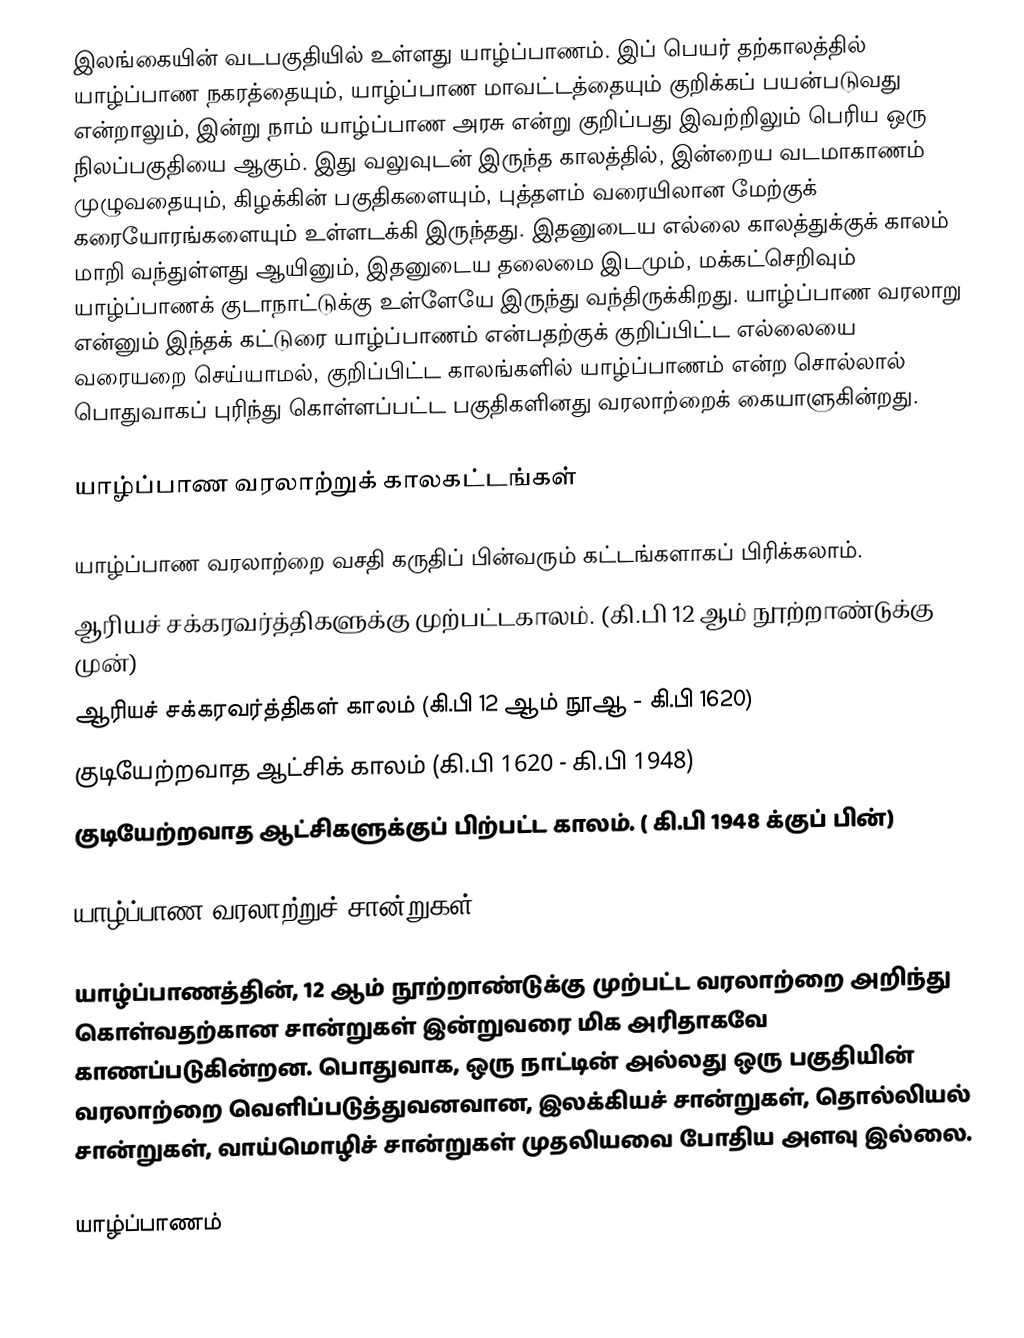
இலங்கையின் வடபகுதியில் உள்ளது யாழ்ப்பாணம். இப் பெயர் தற்காலத்தில் யாழ்ப்பாண நகரத்தையும், யாழ்ப்பாண மாவட்டத்தையும் குறிக்கப் பயன்படுவது என்றாலும், இன்று நாம் யாழ்ப்பாண அரசு என்று குறிப்பது இவற்றிலும் பெரிய ஒரு நிலப்பகுதியை ஆகும். இது வலுவுடன் இருந்த காலத்தில், இன்றைய வடமாகாணம் முழுவதையும், கிழக்கின் பகுதிகளையும், புத்தளம் வரையிலான மேற்குக் கரையோரங்களையும் உள்ளடக்கி இருந்தது. இதனுடைய எல்லை காலத்துக்குக் காலம் மாறி வந்துள்ளது ஆயினும், இதனுடைய தலைமை இடமும், மக்கட்செறிவும் யாழ்ப்பாணக் குடாநாட்டுக்கு உள்ளேயே இருந்து வந்திருக்கிறது. யாழ்ப்பாண வரலாறு என்னும் இந்தக் கட்டுரை யாழ்ப்பாணம் என்பதற்குக் குறிப்பிட்ட எல்லையை வரையறை செய்யாமல், குறிப்பிட்ட காலங்களில் யாழ்ப்பாணம் என்ற சொல்லால் பொதுவாகப் புரிந்து கொள்ளப்பட்ட பகுதிகளினது வரலாற்றைக் கையாளுகின்றது.

யாழ்ப்பாண வரலாற்றுக் காலகட்டங்கள்

யாழ்ப்பாண வரலாற்றை வசதி கருதிப் பின்வரும் கட்டங்களாகப் பிரிக்கலாம்.
 ஆரியச் சக்கரவர்த்திகளுக்கு முற்பட்டகாலம். (கி.பி 12 ஆம் நூற்றாண்டுக்கு முன்)
 ஆரியச் சக்கரவர்த்திகள் காலம் (கி.பி 12 ஆம் நூஆ - கி.பி 1620)
 குடியேற்றவாத ஆட்சிக் காலம் (கி.பி 1620 - கி.பி 1948)
 குடியேற்றவாத ஆட்சிகளுக்குப் பிற்பட்ட காலம். ( கி.பி 1948 க்குப் பின்)

யாழ்ப்பாண வரலாற்றுச் சான்றுகள்

யாழ்ப்பாணத்தின், 12 ஆம் நூற்றாண்டுக்கு முற்பட்ட வரலாற்றை அறிந்து கொள்வதற்கான சான்றுகள் இன்றுவரை மிக அரிதாகவே காணப்படுகின்றன. பொதுவாக, ஒரு நாட்டின் அல்லது ஒரு பகுதியின் வரலாற்றை வெளிப்படுத்துவனவான, இலக்கியச் சான்றுகள், தொல்லியல் சான்றுகள், வாய்மொழிச் சான்றுகள் முதலியவை போதிய அளவு இல்லை.

யாழ்ப்பாணம்